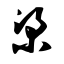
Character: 梁